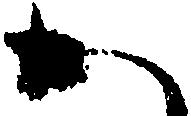
か